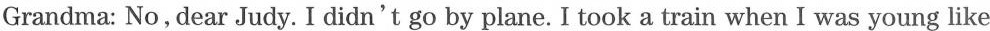
Grandma: No, dear Judy. I didn't go by plane. I took a train when I was young like